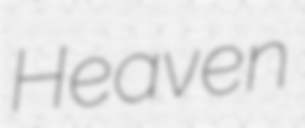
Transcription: Heaven